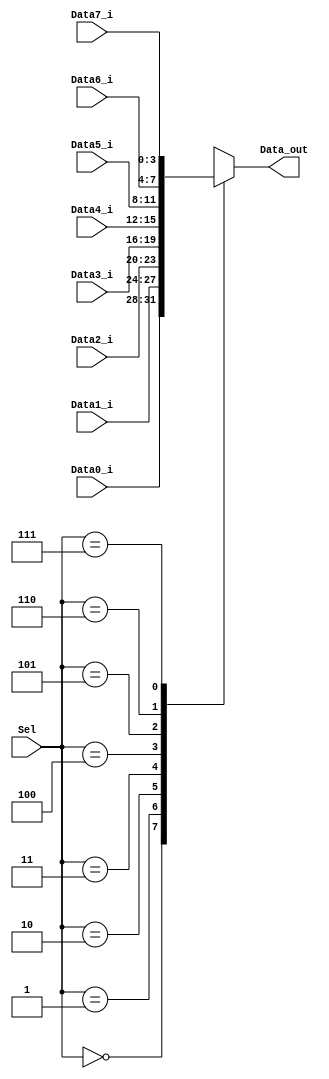
module Mux4bit_8_1 ( Data0_i , Data1_i,Data2_i, Data3_i,
											Data4_i , Data5_i,Data6_i , Data7_i,
											Data_out,
											Sel ) ;
input [3:0 ] Data0_i,Data1_i,Data2_i,Data3_i,Data4_i,Data5_i,Data6_i,Data7_i;
input [ 2:0] Sel;
output reg [ 3:0] Data_out;
always@(*)
begin
		case (Sel)
		0 : Data_out<=Data0_i;
		1 : Data_out<=Data1_i;
		2 : Data_out<=Data2_i;
		3 : Data_out<=Data3_i;
		4 : Data_out<=Data4_i;
		5 : Data_out<=Data5_i;
		6 : Data_out<=Data6_i;
		7 : Data_out<=Data7_i;
		default Data_out<=4'b1111;
		endcase
end
endmodule